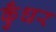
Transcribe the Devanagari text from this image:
कुँधर